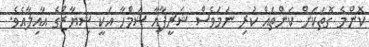
ކޮންމެ ގޮތަކަށް ކަންތައް ކުރި ނަމަވެސް ޝަރީފާއާ ޝަމްހާ އަކީ ޝިޔާޒްގެ އާއިލާއެވެ.